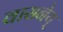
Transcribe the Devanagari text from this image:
वासनेय्